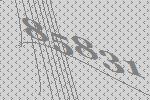
85831